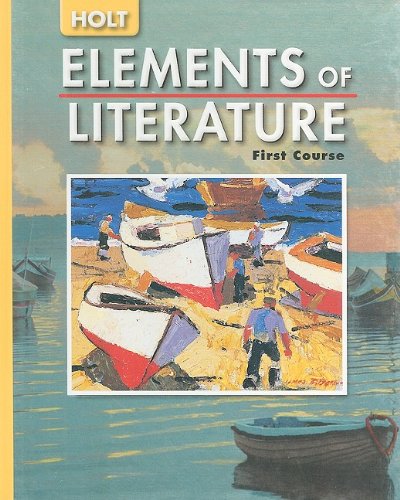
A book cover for Elements of Literature: Student Edition Grade 7 First Course 2005; RINEHART AND WINSTON HOLT; Children's Books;